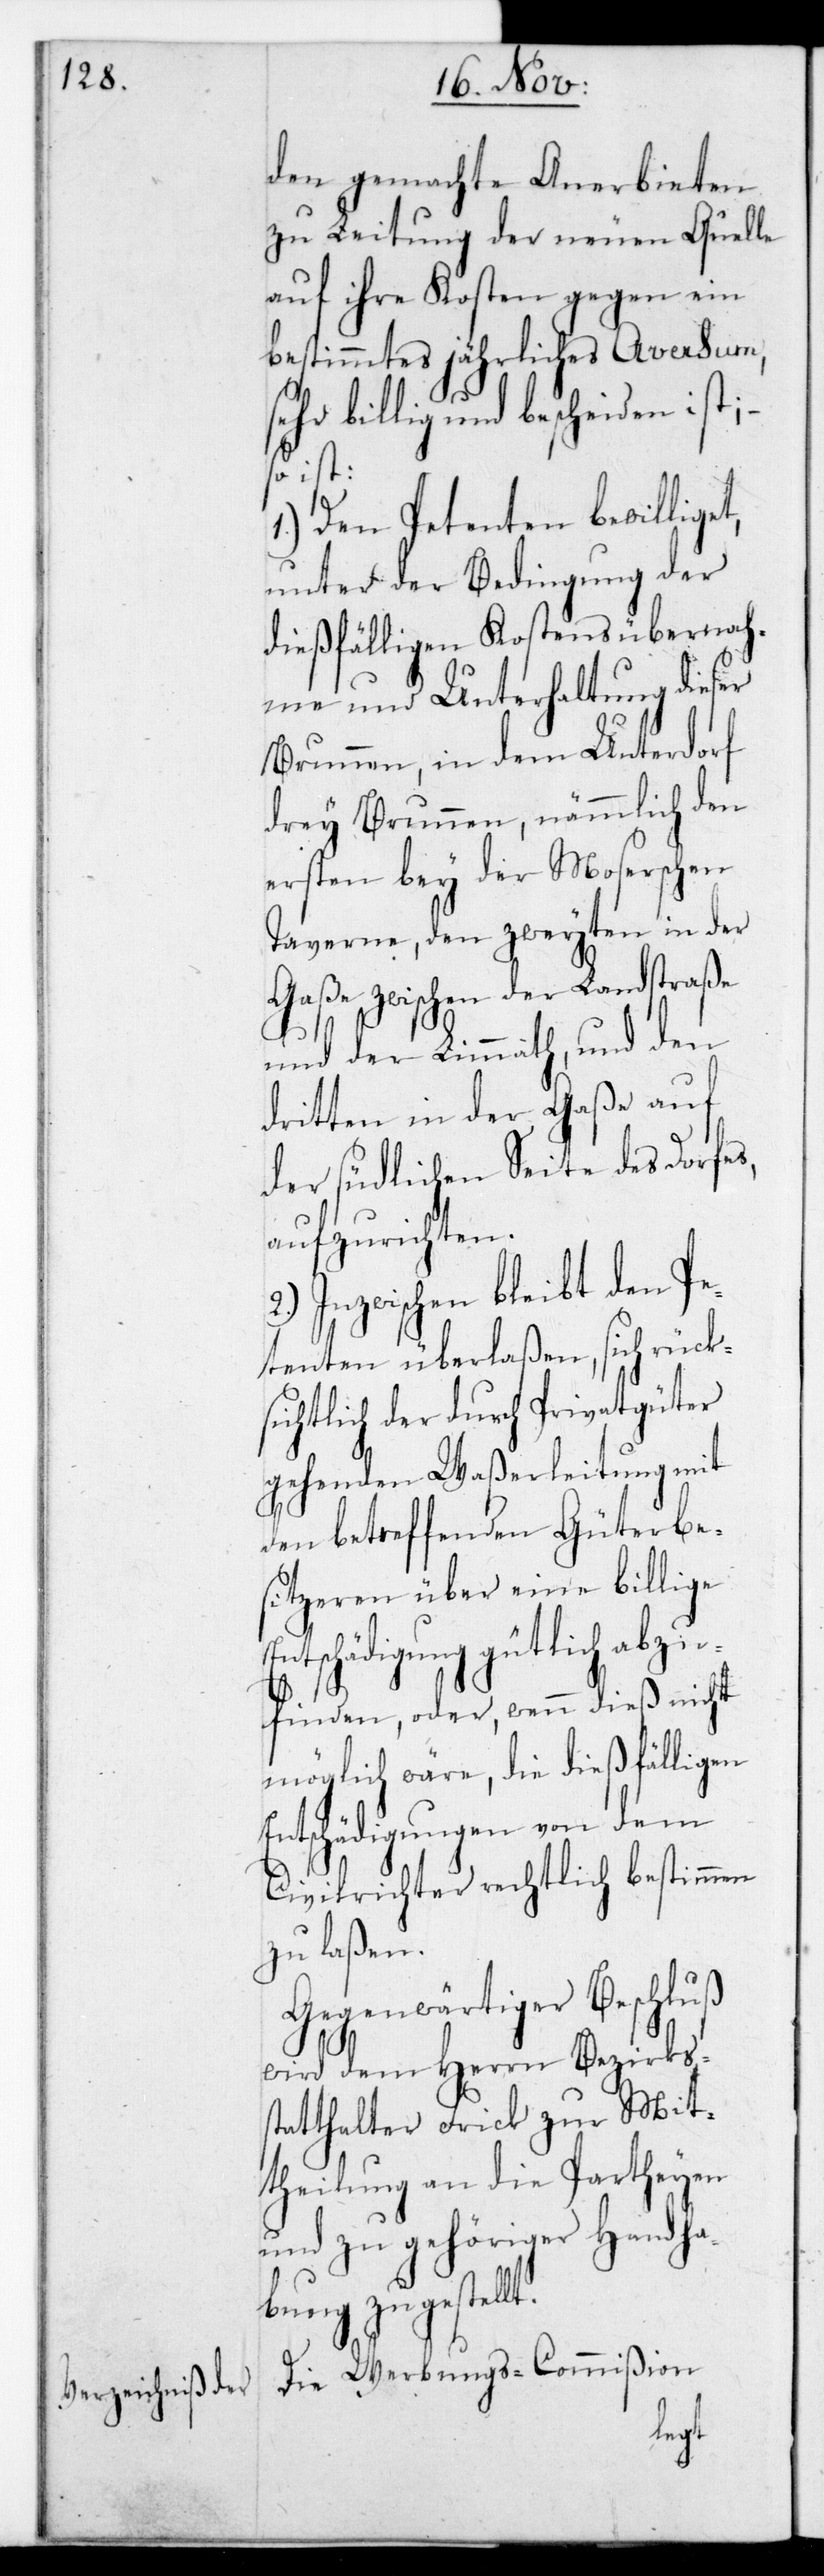
den gemachte Anerbieten
zu Leitung der neuen Quelle
auf ihre Kosten gegen ein
bestimmtes jährliches Aversum,
sehr billig und bescheiden ist;
so ist:
1.) Den Petenten bewilliget,
unter der Bedingung der
dießfälligen Kostensübernah¬
me und Unterhaltung dieser
Brunnen, in dem Unterdorf
drey Brunnen, nämmlich den
ersten bey der Moserschen
Taverne, den zweyten in der
Gaße zwischen der Landstraße
und der Limmath, und den
dritten in der Gaße auf
der südlichen Seite des Dorfes,
aufzurichten.
2.) Inzwischen bleibt den Pe¬
tenten überlaßen, sich rück¬
sichtlich der durch Privatgüter
gehenden Waßerleitung mit
den betreffenden Güterbe¬
sitzeren über eine billige
Entschädigung gütlich abzu¬
finden, oder, wenn dieß nicht
möglich wäre, die dießfälligen
Entschädigungen von dem
Civilrichter rechtlich bestimmen
zu laßen.
Gegenwärtiger Beschluß
wird dem Herrn Bezirks¬
statthalter Frick zur Mit¬
theilung an die Partheyen
und zu gehöriger Handha¬
bung zugestel¬
Die Werbungs-Commißion
lt.